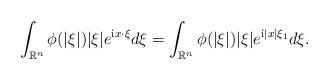
LaTeX: \begin{align*}\int_{\mathbb R^n} \phi(|\xi|) |\xi| e^{\mathrm i x \cdot \xi} d \xi= \int_{\mathbb R^n} \phi(|\xi|) |\xi| e^{\mathrm i |x| \xi_1} d \xi.\end{align*}